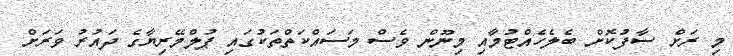
މި ރަށް ސާފުކޮށް ބެލެހެއްޓުމާއި މިނޫން ވެސް މަސައްކަތްތަކުގައި ޕުލްމޭރިޔާގެ ދައުރު ވަރަށް